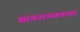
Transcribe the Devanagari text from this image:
संरचनात्मकतावाद